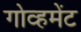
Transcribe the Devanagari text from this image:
गोव्हमेंट